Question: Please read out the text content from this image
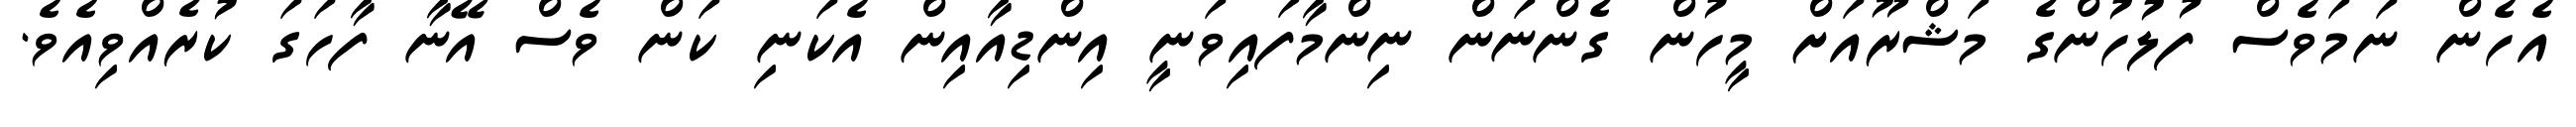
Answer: އެހެން ނަމަވެސް ފުލުހުންގެ މަޝްރޫއަށް މީހުން ގެންނަން ނިންމާފައިވަނީ އިންޑިއާއިން އެކަނި ކަން ވެސް އޭނާ ފާހަގަ ކުރެއްވިއެވެ.